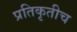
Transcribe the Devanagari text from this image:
प्रतिकृतीच